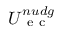
U _ { \mathrm { ~ e ~ c ~ } } ^ { n u d g }